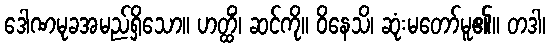
ဒေါဏမုခအမည်ရှိသော။ ဟတ္ထိံ၊ ဆင်ကို။ ဝိနေသိ၊ ဆုံးမတော်မူ၏။ တဒါ၊